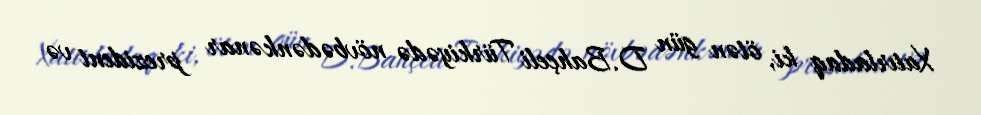
Xatırladaq ki, ötən gün D.Bahçeli Türkiyədə növbədənkənar prezident və